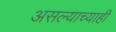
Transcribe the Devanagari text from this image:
असल्याच्याही